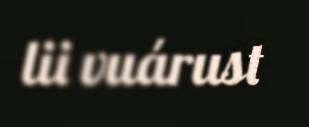
lii vuárust